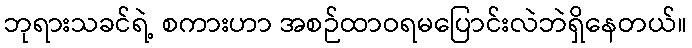
ဘုရားသခင်ရဲ့ စကားဟာ အစဉ်ထာဝရမပြောင်းလဲဘဲရှိနေတယ်။